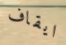
ايقاف